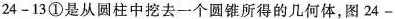
24-13①是从圆柱中挖去一个圆锥所得的几何体，图24-